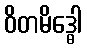
ဝိတမိဒ္ဓေါ